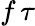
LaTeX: f\, \tau